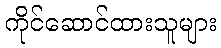
ကိုင်ဆောင်ထားသူများ